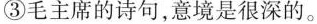
③毛主席的诗句，意境是很深的。